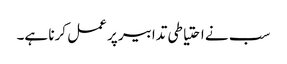
سب نے احتیاطی تدابیر پر عمل کرنا ہے۔